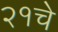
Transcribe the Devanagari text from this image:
२१चे